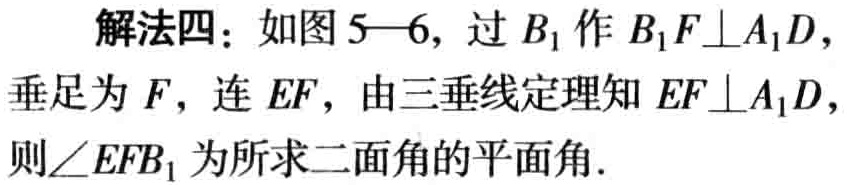
解法四：如图5—6，过 \(B_{1}\) 作 \(B_{1}F\perp A_{1}D\)，垂足为 \(F\)，连 \(EF\)，由三垂线定理知 \(EF\perp A_{1}D\)，则\(\angle EFB_{1}\) 为所求二面角的平面角.